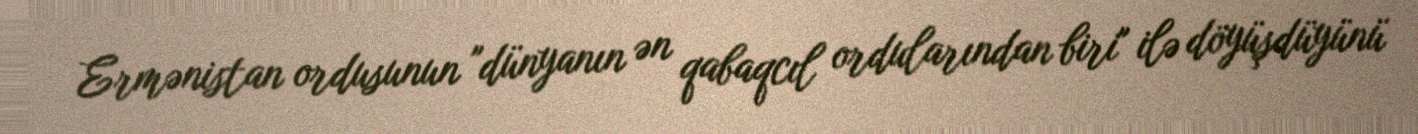
Ermənistan ordusunun "dünyanın ən qabaqcıl ordularından biri" ilə döyüşdüyünü